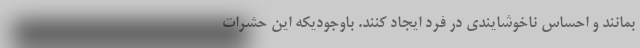
بمانند و احساس ناخوشایندی در فرد ایجاد كنند. باوجودیكه این حشرات